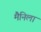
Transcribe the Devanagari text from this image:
मैनिला